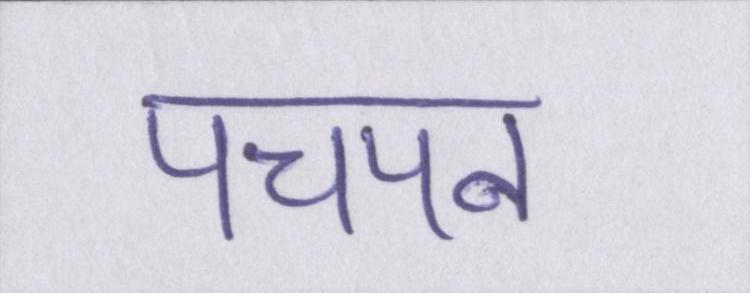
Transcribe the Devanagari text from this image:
पचपन